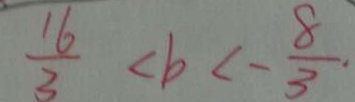
\frac { 1 6 } { 3 } < b < - \frac { 8 } { 3 } .